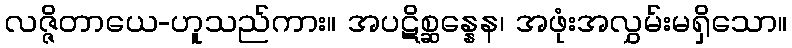
လဇ္ဇိတာယေ-ဟူသည်ကား။ အပဋိစ္ဆန္နေန၊ အဖုံးအလွှမ်းမရှိသော။